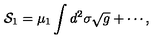
{ \cal S } _ { 1 } = \mu _ { 1 } \int d ^ { 2 } \sigma \sqrt { g } + \cdots ,